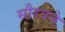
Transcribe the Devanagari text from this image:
सौरवने